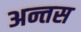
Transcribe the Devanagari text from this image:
अन्तस